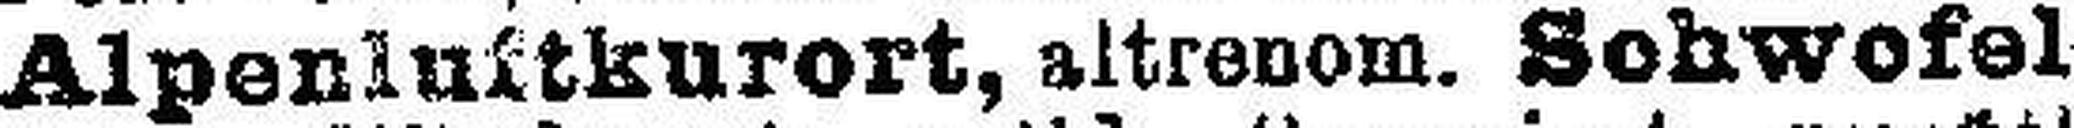
Alpenluftkurort, altrenom. Schwofel¬